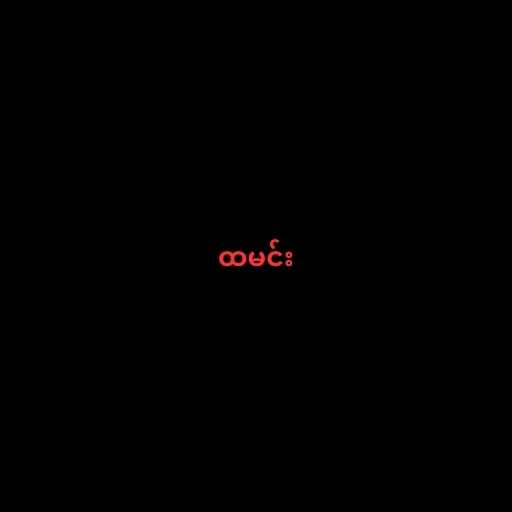
ထမင်း